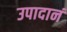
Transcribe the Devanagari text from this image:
उपादानं